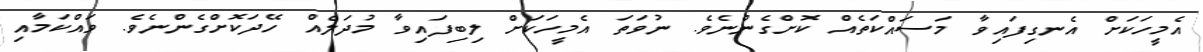
އެމީހަކަށް އެނގިފައިވާ މަސައްކަތެއް ކޮށްގެންނެވެ. ނުވަތަ އެމީހަކަށް ލިބިފައިވާ މުދަލެއް ހޭދަކޮށްގެންނެވެ. ވައްކަމާއި